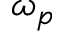
\omega _ { p }